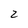
Character: 2